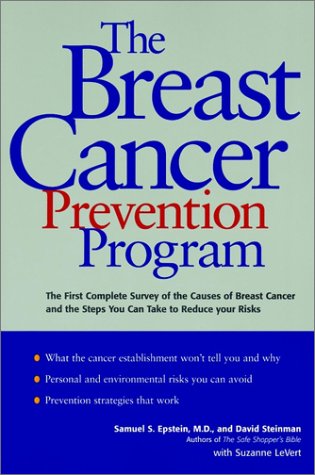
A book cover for The Breast Cancer Prevention Program; Samuel S. Epstein; Health, Fitness & Dieting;